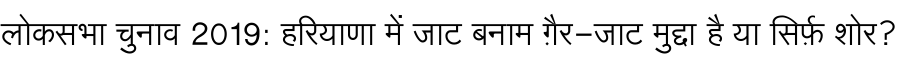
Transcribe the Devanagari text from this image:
लोकसभा चुनाव 2019: हरियाणा में जाट बनाम ग़ैर-जाट मुद्दा है या सिर्फ़ शोर?